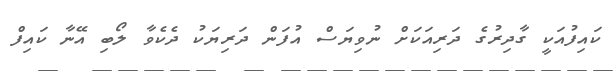
ކައިފުއަކީ ގާދިރުގެ ދަރިއަކަށް ނުވިޔަސް އުފަން ދަރިޔަކު ދެކެވާ ލޯބި އޭނާ ކައިފް